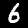
Digit: 6